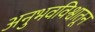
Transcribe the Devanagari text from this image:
अनुभवविश्वातून